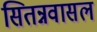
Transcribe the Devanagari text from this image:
सितन्नवासल